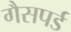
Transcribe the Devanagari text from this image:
गैसपर्ड